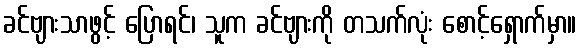
ခင်ဗျားသာဖွင့် ပြောရင်၊ သူက ခင်ဗျားကို တသက်လုံး စောင့်ရှောက်မှာ။